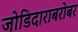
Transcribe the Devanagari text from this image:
जोडिदाराबरोबर